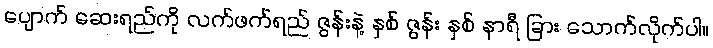
ပျောက် ဆေးရည်ကို လက်ဖက်ရည် ဇွန်းနဲ့ နှစ် ဇွန်း နှစ် နာရီ ခြား သောက်လိုက်ပါ။